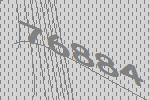
76884